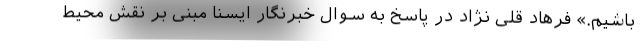
باشیم.» فرهاد قلی نژاد در پاسخ به سوال خبرنگار ایسنا مبنی بر نقش محیط